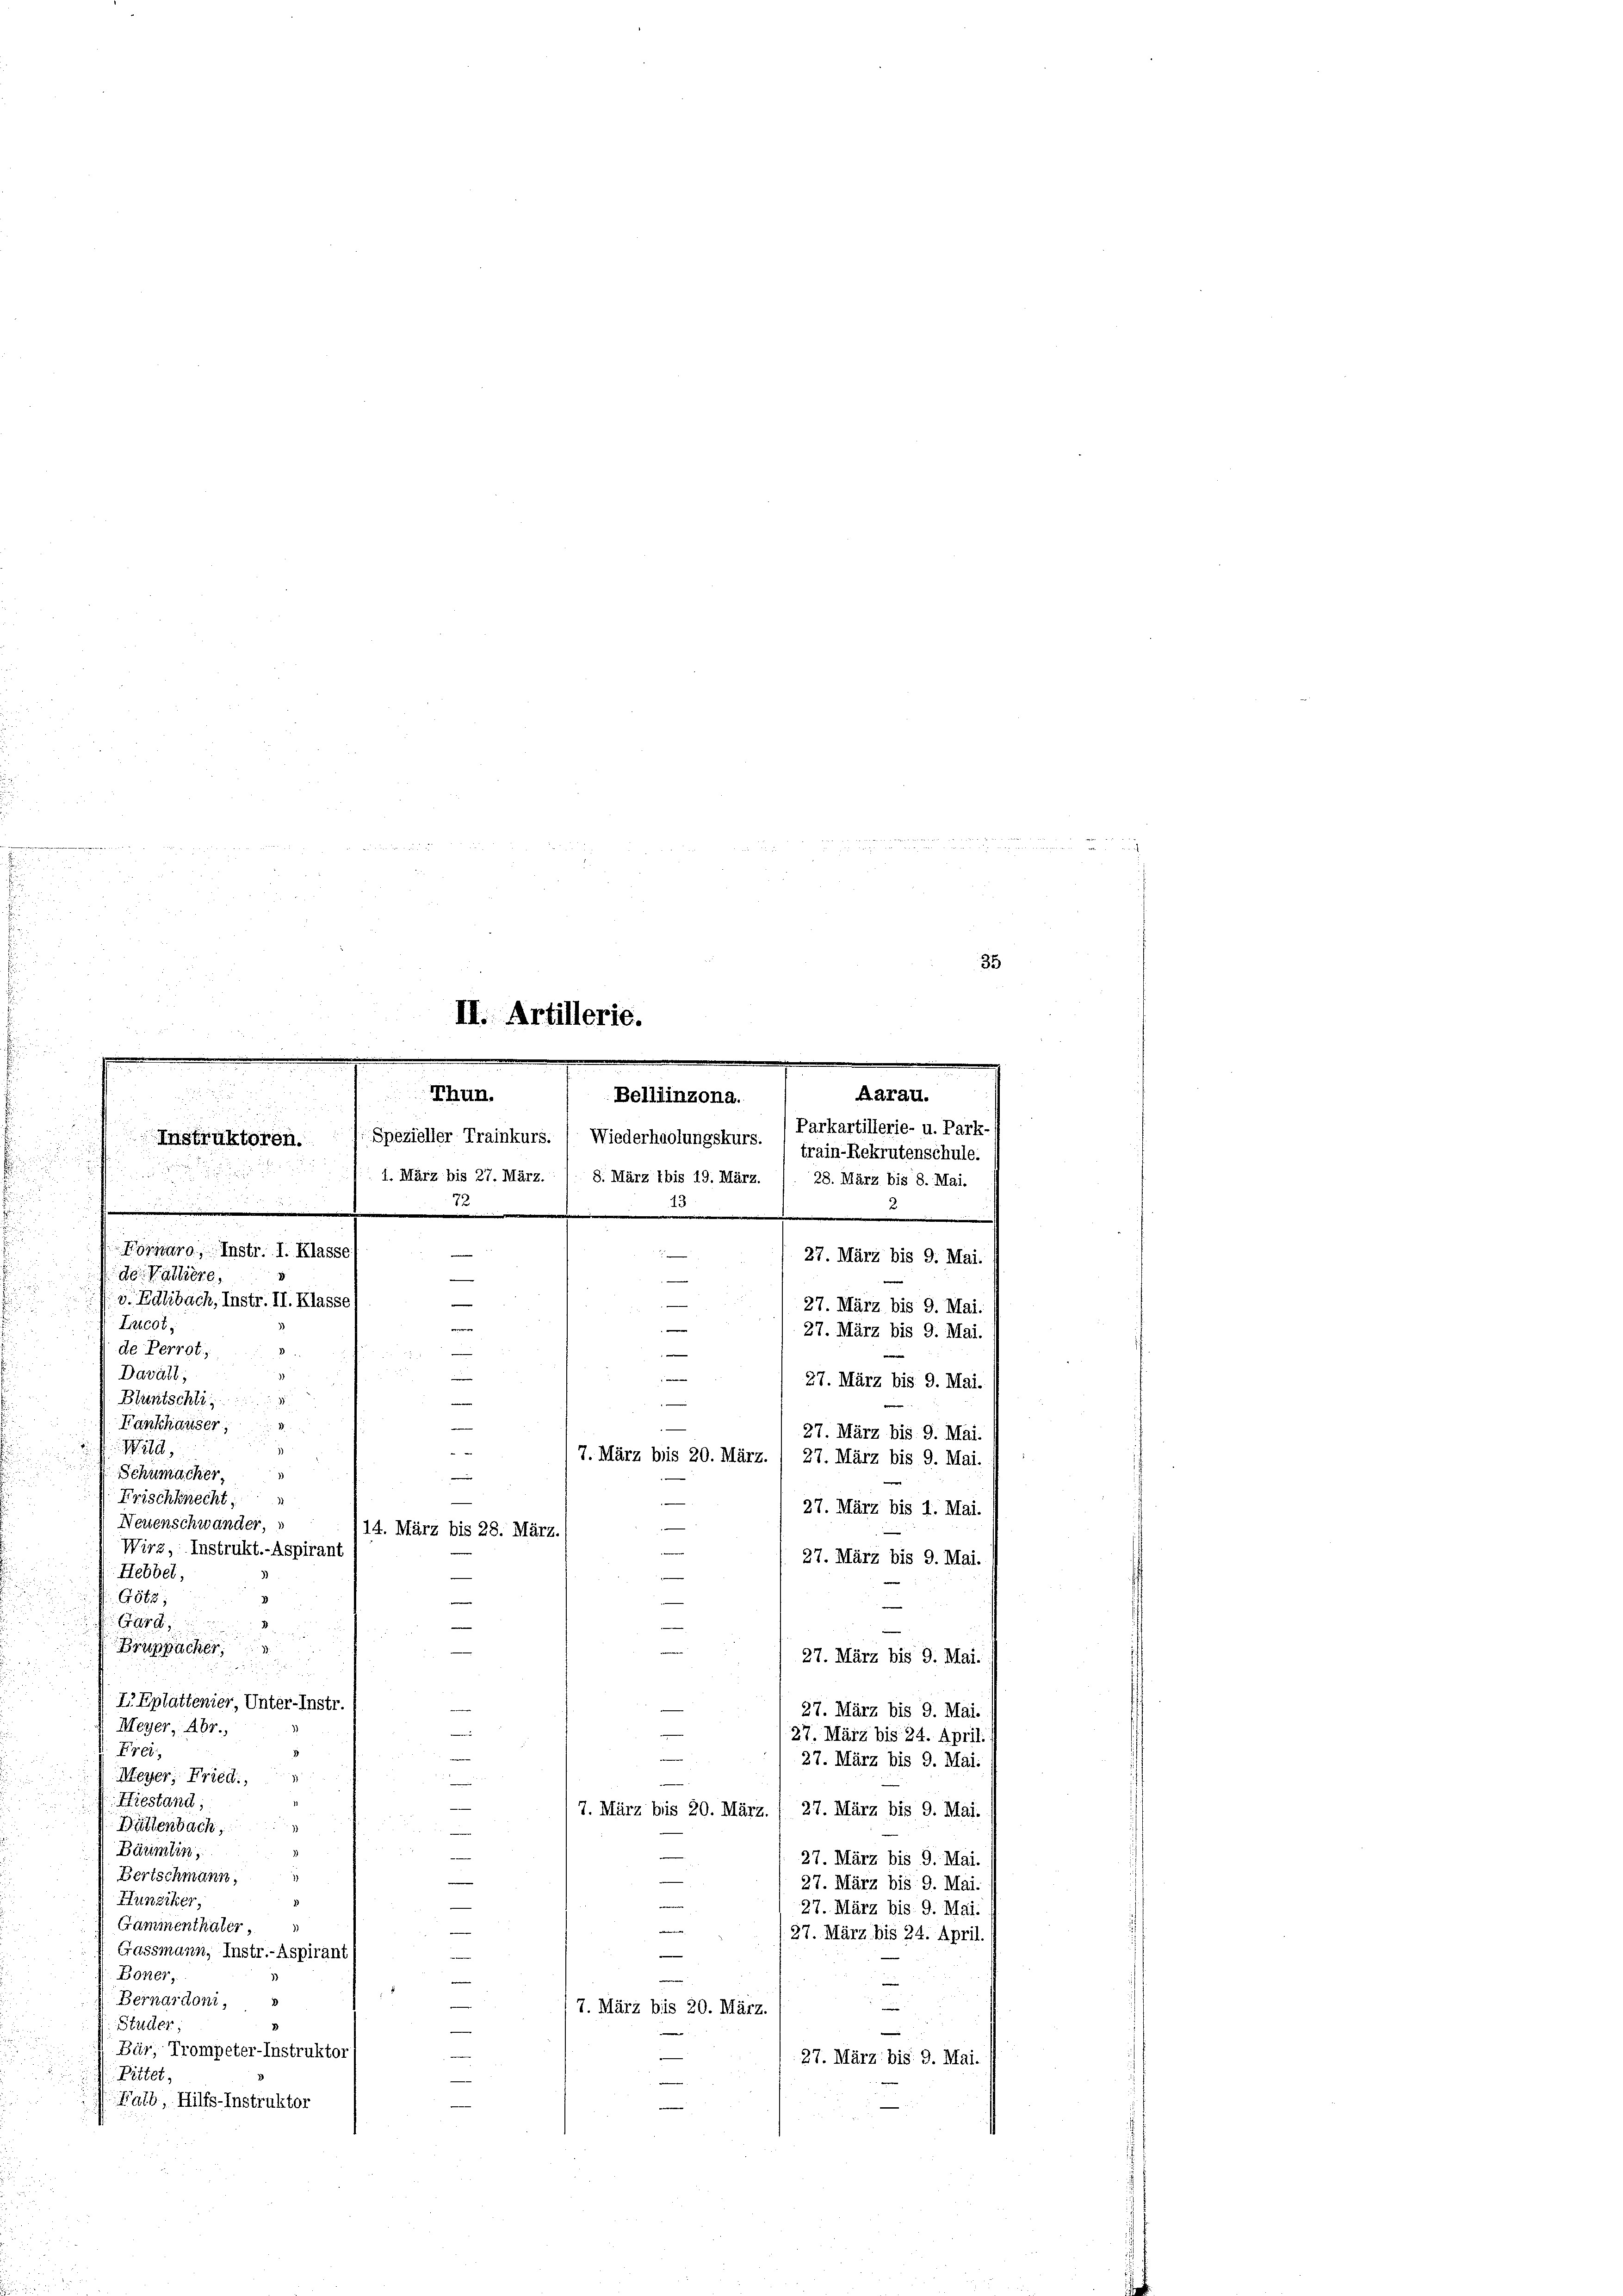
u
d

Fornaro, Instr. I. Klasse
de. Walliere,
v. Edlibach, Instr. II. Klasse
Lncot,
de Perrot;
Davall;
Bluntschli
Fankhauser,
Wild,
 Schumacher,
Frischknecht,
Neuenschwander,
Wirz, Instrukt.- Aspirant
Hebbel,
G848;
Gard
Bruppacher

eilen den werden
35
e
II. Artillerie.
u

Bär, Trompeter-Instruktor
Pittet,
Falb, Hilfs-Instruktor

Thun.
Belllinzona.
e

23
u
e

5
e
1

/7. März bis 20. März. / 27. März bis 9. Mai.

2
14. März bis 28. März.

IEplattenier, Unter-Instr.
Meyer, Abr.,
Frei
.
Meyer, Fried.
Hiestand;
Bättenbach,

Bäumlin
1
Bertschmann,
Hunziker,
Gammenthäter
Gassmann, Instr.-Aspirant
Boner,
Bernardoni,
Studer,

e
27. März bis 9. Mai.
d
27. März bis 9. Mai.
27. März bis 24. April.
27. März bis 9. Mai.
u
7. März bis 20. März. 1 27. März bis 9. Mai.
e
27. März bis 9. Mai.
27. März bis 9. Mai.
27. März bis 9. Mai.
e
27. März bis 24. April.
.
—
7. März bis 20. März.
27. März bis 9. Mai.

Instruktoren. Spezieller Trainkurs. ( Wiederhaolungskurs. 1 Parkartillerie- u. Park-
train-Rekrutenschuld
1. März bis 27. März. / 8. März bis 19. März. / 28. März bis 8. Mai.
e
e

Aarau.
27. März bis 9. Mai.
27. März bis 9. Mai.
27. März bis 9. Mai.
27. März bis 9. Mai.
27. März bis 9. Mai.
27. März bis 1. Mai.
27. März bis 9. Mai.